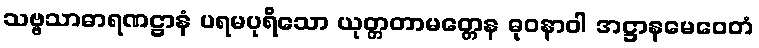
သဗ္ဗသာဓာရဏဋ္ဌာနံ ပရမပုရိသော ယုတ္တတာမတ္တေန ဓုဝနာဝါ အဋ္ဌာနမေဝေတံ